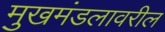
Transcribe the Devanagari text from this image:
मुखमंडलावरील